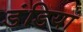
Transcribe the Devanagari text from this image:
डंडियां